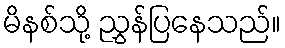
မိနစ်သို့ ညွှန်ပြနေသည်။